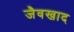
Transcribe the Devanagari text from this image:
जैवखाद